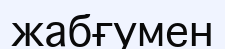
жабғумен